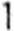
1